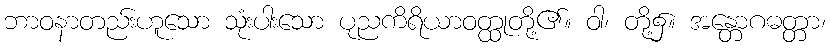
ဘာဝနာတည်းဟူသော သုံးပါးသော ပုညကိရိယာဝတ္ထုတို့၏။ ဝါ၊ တို့၌။ အန္တောဂဓတ္တာ၊